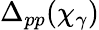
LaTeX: \Delta_{pp}(\chi_{\gamma})